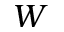
W